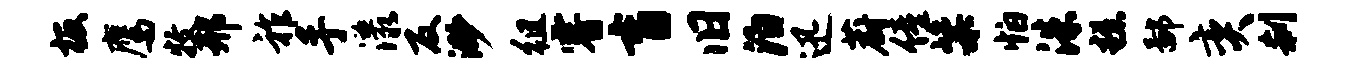
板鹰牧邢祚手漾反渺徂睿盲旧泊迅蔚僮粢怕洙糕鄙奕刹